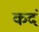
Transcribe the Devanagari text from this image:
कदं